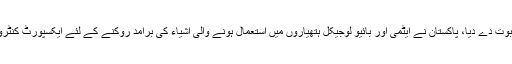
تفصیلات کے مطابق پاکستان نے ایک بار پھر ذمہ دار ایٹمی قوت ہونے کا ثبوت دے دیا، پاکستان نے ایٹمی اور بائیو لوجیکل ہتھیاروں میں استعمال ہونے والی اشیاء کی برآمد روکنے کے لئے ایکسپورٹ کنٹرول ایکٹ دو ہزار چار کے تحت نظرثانی شدہ کنٹرول لسٹ جاری کر دی ہے۔